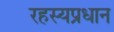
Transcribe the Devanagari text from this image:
रहस्यप्रधान